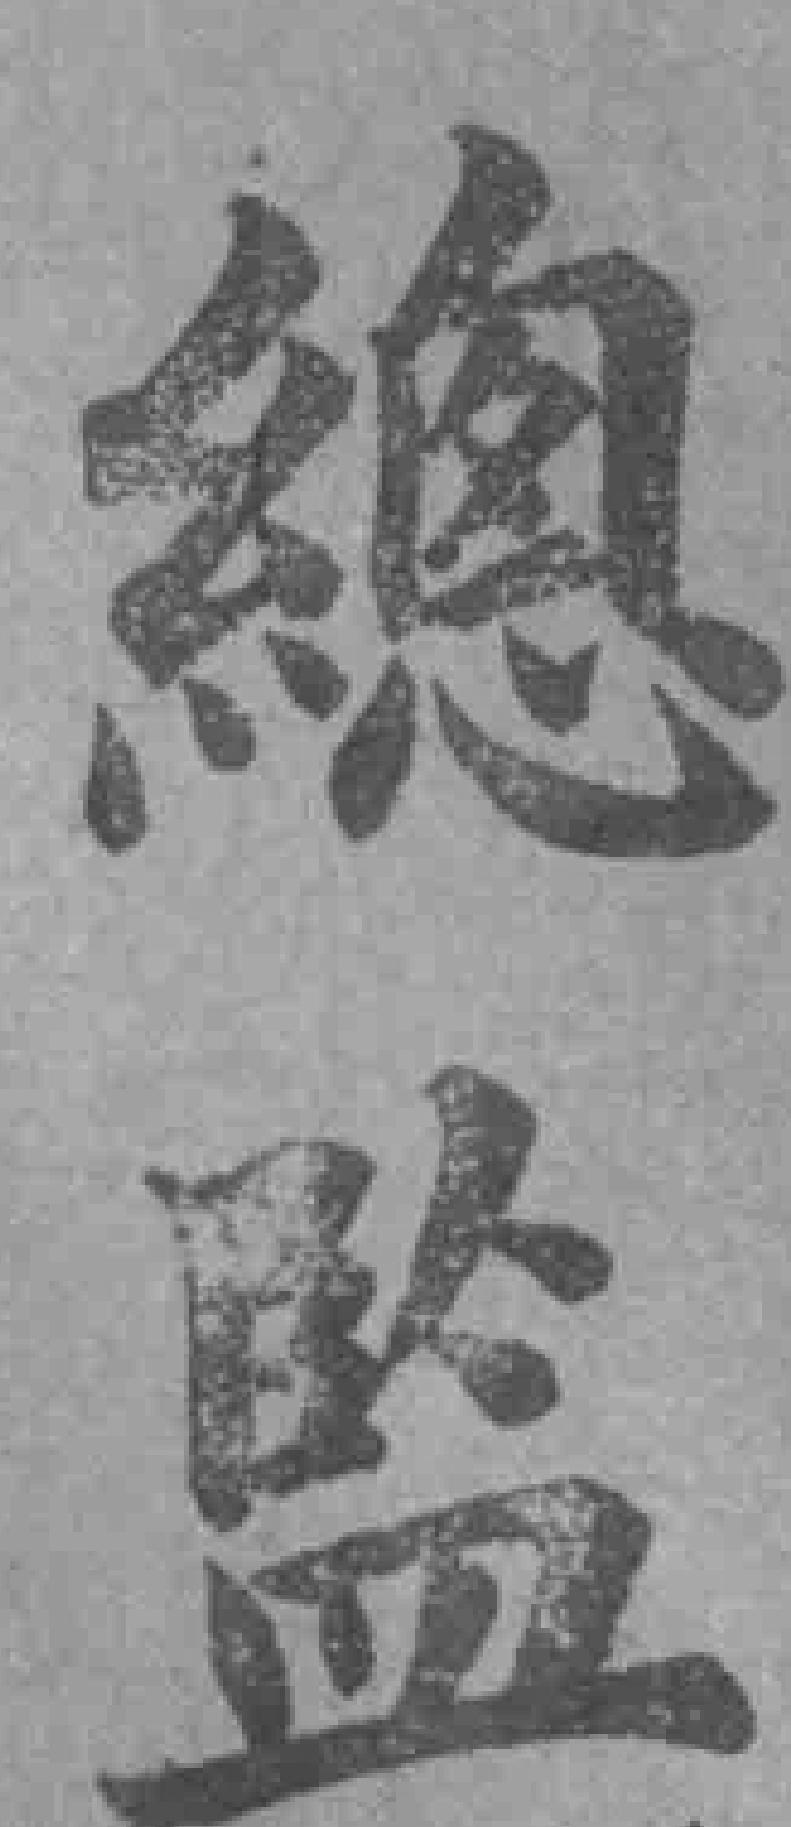
總监